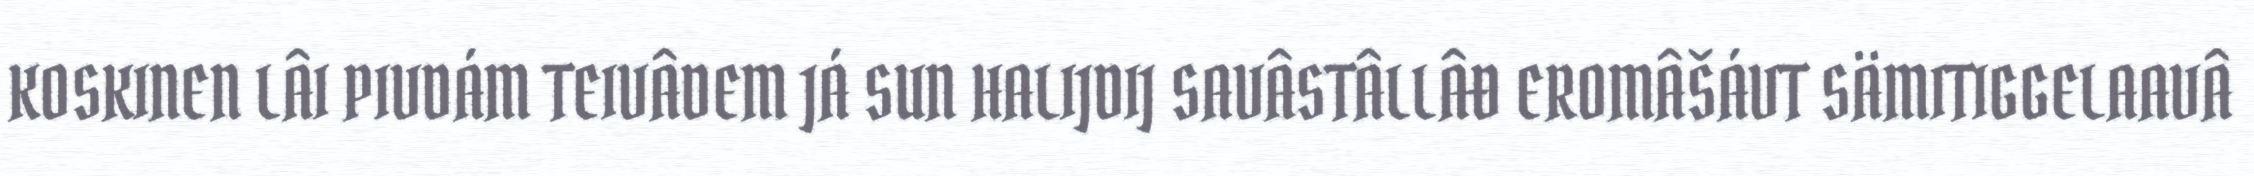
KOSKINEN LÂI PIVDÁM TEIVÂDEM JÁ SUN HALIJDIJ SAVÂSTÂLLÂĐ EROMÂŠÁVT SÄMITIGGELAAVÂ